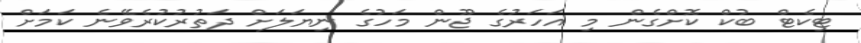
ޓިކެޓް ބުކް ކޮށްގެން މި އަހަރުގެ ޖޫން މަހުގެ ނިޔަލަށް ދަތުރުކުރެވޭނެ ކަމަށް